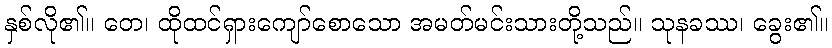
နှစ်လို၏။ တေ၊ ထိုထင်ရှားကျော်စောသော အမတ်မင်းသားတို့သည်။ သုနခဿ၊ ခွေး၏။